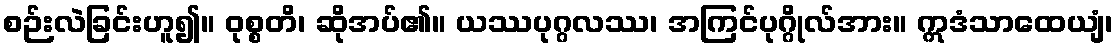
စဉ်းလဲခြင်းဟူ၍။ ဝုစ္စတိ၊ ဆိုအပ်၏။ ယဿပုဂ္ဂလဿ၊ အကြင်ပုဂ္ဂိုလ်အား။ ဣဒံသာထေယျံ၊